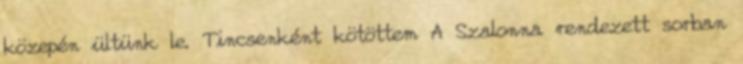
közepén ültünk le. Tincsenként kötöttem A Szalonna rendezett sorban